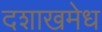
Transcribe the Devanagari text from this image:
दशाखमेध